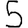
Digit: 5